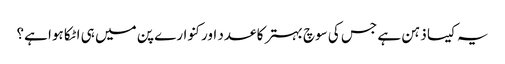
یہ کیسا ذہن ہے جس کی سوچ بہتر کا عدد اور کنوارے پن میں ہی اٹکا ہوا ہے؟